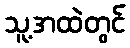
သူ့အထဲတွင်